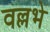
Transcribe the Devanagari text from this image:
वल्लभे